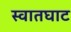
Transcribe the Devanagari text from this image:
स्वातघाट